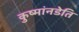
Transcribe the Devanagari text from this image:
कुष्मांनडेति